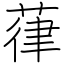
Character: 葎